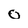
Character: 0